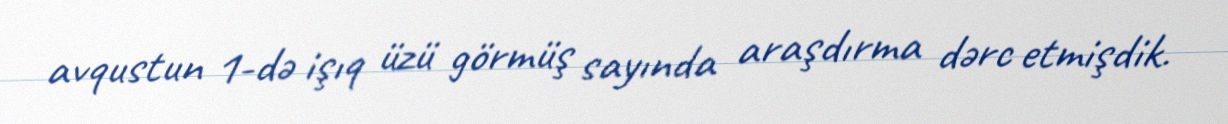
avqustun 1-də işıq üzü görmüş sayında araşdırma dərc etmişdik.